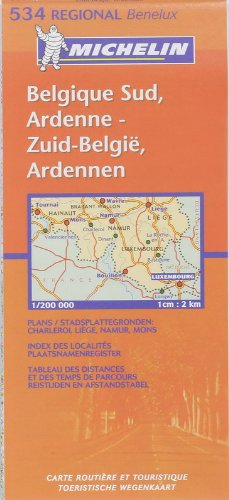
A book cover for Michelin Map Belgium: South, Ardenne 534; Michelin; Travel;